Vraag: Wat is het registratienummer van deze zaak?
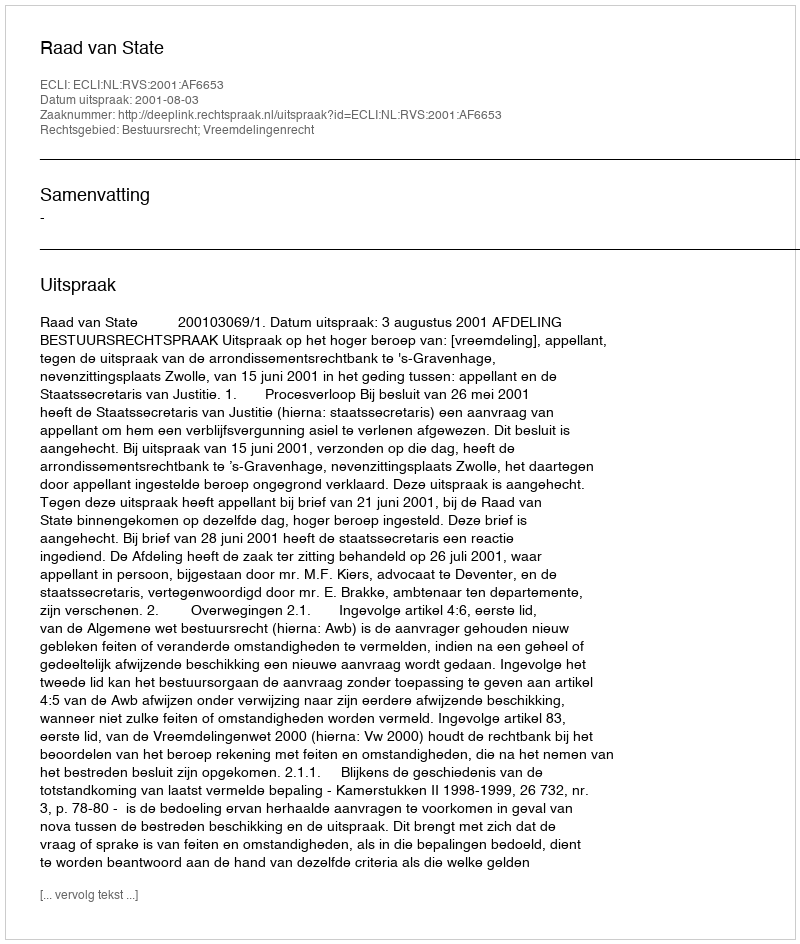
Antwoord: http://deeplink.rechtspraak.nl/uitspraak?id=ECLI:NL:RVS:2001:AF6653